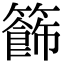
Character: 籂